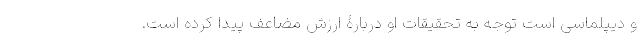
و دیپلماسی است توجه به تحقیقات او دربارۀ ارزش مضاعف پیدا کرده است.